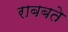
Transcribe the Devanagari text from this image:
राबबते